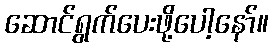
ဆောင်ရွက်ပေးဖို့ပေါ့နော်။